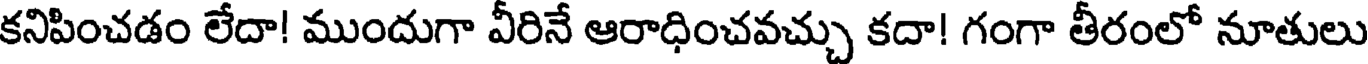
కనిపించడం లేదా! ముందుగా వీరినే ఆరాధించవచ్చు కదా! గంగా తీరంలో నూతులు